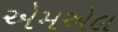
એમએલ